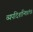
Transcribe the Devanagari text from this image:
व्यपदिशन्ति॥९॥